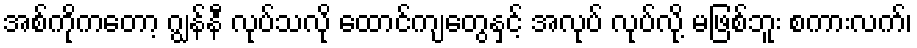
အစ်ကိုကတော့ ဂျွန်နီ လုပ်သလို ထောင်ကျတွေနှင့် အလုပ် လုပ်လို့ မဖြစ်ဘူး စကားလက်၊